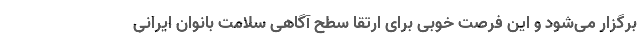
برگزار می‌شود و این فرصت خوبی برای ارتقا سطح آگاهی سلامت بانوان ایرانی